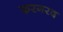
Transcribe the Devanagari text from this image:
फरगरद